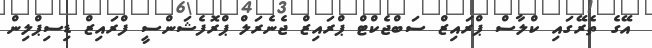
އޭގެ ތެރޭގައި ކްލާސް ޕްރައިޒް ސަބްޖެކްޓް ޕްރައިޒް ޖެނެރަލް ޕްރޮފެޝަންސީ ފްރައިޒް ޑިސިޕްލިން